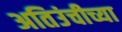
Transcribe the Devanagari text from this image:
अतिउंचीच्या